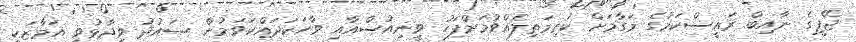
ޖޭޕީގެ ނާއިބް ރައީސްކަމުގެ މަގާމަށް ކުރިމަތިލެއްވުމަށްފަހު ވީނިއުސްއާއި ވާހަކަދައްކަވަމުން ސައުދު ވިދާޅުވީ އަމާޒަކީ